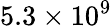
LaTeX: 5.3\times 10^{9}